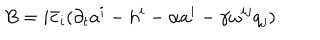
LaTeX: B = i \bar { c } _ { i } ( \partial _ { t } a ^ { i } - h ^ { i } - \alpha a ^ { i } - \gamma \omega ^ { i j } q _ { j } ) .